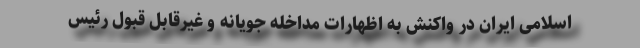
اسلامی ایران در واکنش به اظهارات مداخله جویانه و غیرقابل قبول رئیس